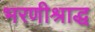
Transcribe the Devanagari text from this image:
भरणीश्राद्ध